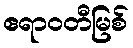
ဧရာဝတီမြစ်